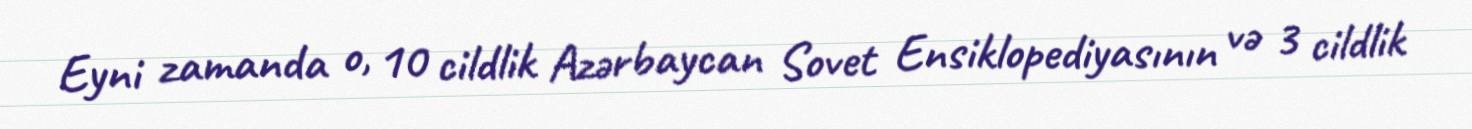
Eyni zamanda o, 10 cildlik Azərbaycan Sovet Ensiklopediyasının və 3 cildlik